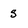
Character: S